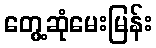
တွေ့ဆုံမေးမြန်း